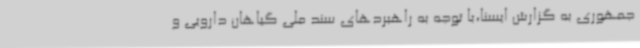
جمهوری به گزارش ایسنا،با توجه به راهبردهای سند ملی گیاهان دارویی و